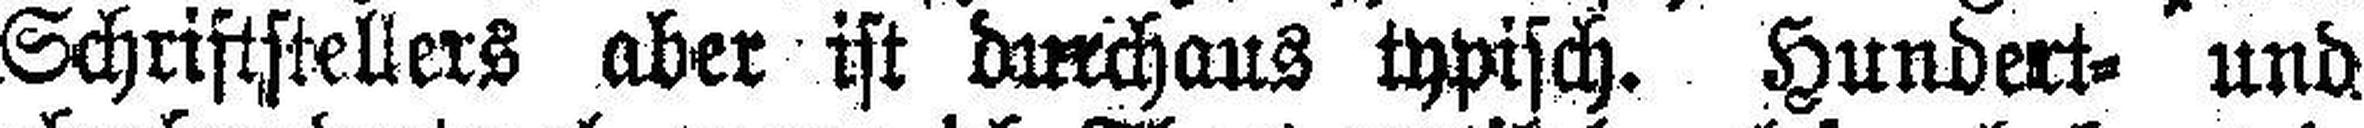
Schriftstellers aber ist durchaus typisch. Hundert= und